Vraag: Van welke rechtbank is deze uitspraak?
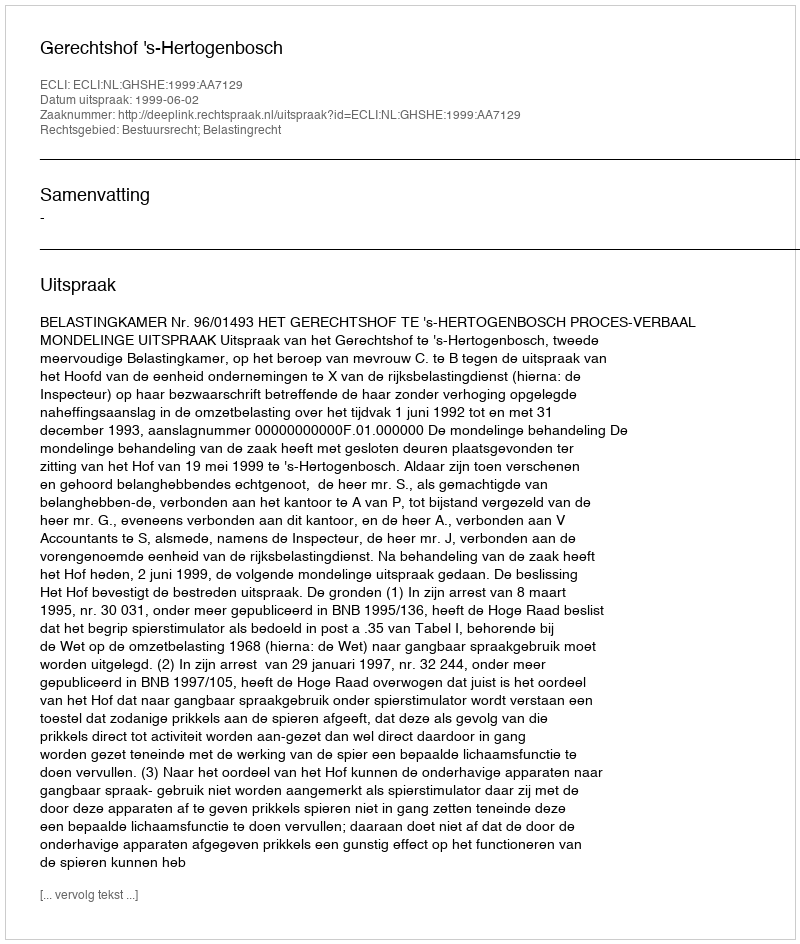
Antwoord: Gerechtshof 's-Hertogenbosch